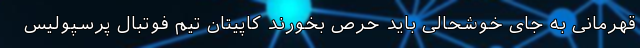
قهرمانی به جای خوشحالی باید حرص بخورند کاپیتان تیم فوتبال پرسپولیس